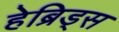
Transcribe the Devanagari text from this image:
हेब्रिड्स